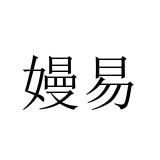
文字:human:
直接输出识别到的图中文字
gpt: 嫚易